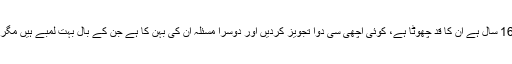
حافظ یاسر کی بہن سیالکوٹ سے لکھتی ہیں کہ ان کی عمر 16 سال ہے ان کا قد چھوٹا ہے، کوئی اچھی سی دوا تجویز کردیں اور دوسرا مسئلہ ان کی بہن کا ہے جن کے بال بہت لمبے ہیں مگر روزانہ کافی بال ٹوٹتے ہیں جس سے گھنا پن ختم ہوگیا ہے۔